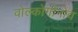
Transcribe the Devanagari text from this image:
वोल्कोगोनोव